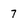
Character: 7